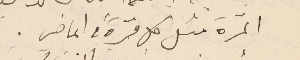
المرّة مثل كل مرّة في الماضي .